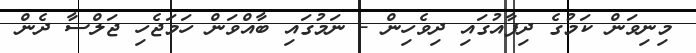
މިނިވަން ކަމުގެ ދިފާއުގައި ދިވެހިން - ނަމުގައި ބާއްވަން ހަމަޖެހި ޖަލްސާ ދެން